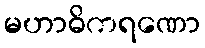
မဟာဓိကရဏော